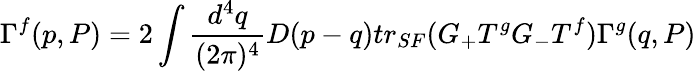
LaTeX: \Gamma^{f}(p,P)=2\int\frac{d^{4}q}{(2\pi)^{4}}D(p-q)tr_{SF}(G_{+}T^{g}G_{-}T^{f})\Gamma^{g}(q,P)